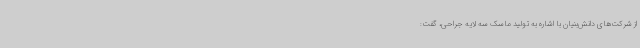
از شرکت‌های دانش‌بنیان با اشاره به تولید ماسک سه لایه جراحی، گفت: